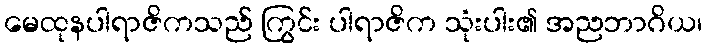
မေထုနပါရာဇိကသည် ကြွင်း ပါရာဇိက သုံးပါး၏ အညဘာဂိယ၊